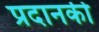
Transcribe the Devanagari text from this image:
प्रदानकी